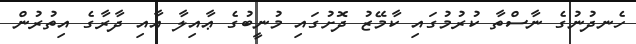
ހެނދުނުގެ ނާސްތާ ކުރުމުގައި ކާމޭޒު ދޮށުގައި މުނީބުގެ ޢާއިލާ އާއި ދާރާގެ އިތުރުން